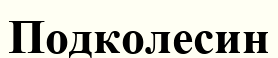
Подколесин